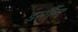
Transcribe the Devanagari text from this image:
डर्मौत